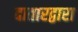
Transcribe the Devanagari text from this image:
दातारद्वारा